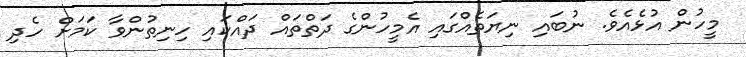
މީހުން އުޅެއެވެ. ނުބައި ނިޔަތެއްގައި އެމީހުންގެ ދަތްތައް ދައްކައި ހިނިތުންވާ ކަމަށް ހެދި